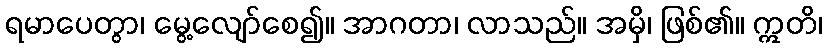
ရမာပေတွာ၊ မွေ့လျော်စေ၍။ အာဂတာ၊ လာသည်။ အမှိ၊ ဖြစ်၏။ ဣတိ၊